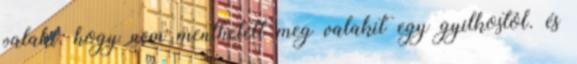
valaki, hogy nem menthetett meg valakit egy gyilkostól. és